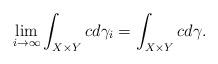
LaTeX: \begin{align*}\lim_{i\to\infty} \int_{X \times Y} c d\gamma_i = \int_{X \times Y} c d\gamma.\end{align*}